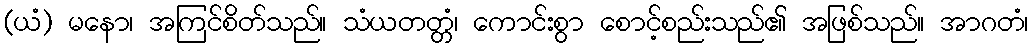
(ယံ) မနော၊ အကြင်စိတ်သည်။ သံယတတ္တံ၊ ကောင်းစွာ စောင့်စည်းသည်၏ အဖြစ်သည်။ အာဂတံ၊